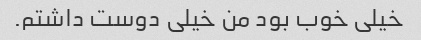
خیلی خوب بود من خیلی دوست داشتم.